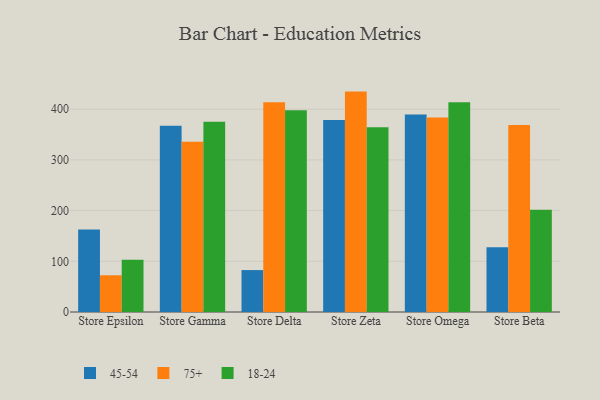
{"axis": {"x": "Store", "y": "Page Views"}, "legend": ["18-24", "45-54", "75+"], "data": [{"x": "Store Epsilon", "y": 162.9, "type": "45-54"}, {"x": "Store Epsilon", "y": 72.5, "type": "75+"}, {"x": "Store Epsilon", "y": 102.9, "type": "18-24"}, {"x": "Store Gamma", "y": 367.4, "type": "45-54"}, {"x": "Store Gamma", "y": 335.8, "type": "75+"}, {"x": "Store Gamma", "y": 375.3, "type": "18-24"}, {"x": "Store Delta", "y": 82.7, "type": "45-54"}, {"x": "Store Delta", "y": 413.9, "type": "75+"}, {"x": "Store Delta", "y": 397.8, "type": "18-24"}, {"x": "Store Zeta", "y": 378.7, "type": "45-54"}, {"x": "Store Zeta", "y": 434.8, "type": "75+"}, {"x": "Store Zeta", "y": 364.3, "type": "18-24"}, {"x": "Store Omega", "y": 389.6, "type": "45-54"}, {"x": "Store Omega", "y": 383.7, "type": "75+"}, {"x": "Store Omega", "y": 413.7, "type": "18-24"}, {"x": "Store Beta", "y": 127.8, "type": "45-54"}, {"x": "Store Beta", "y": 368.9, "type": "75+"}, {"x": "Store Beta", "y": 201.6, "type": "18-24"}]}